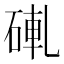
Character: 𬒒